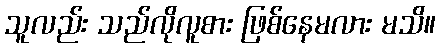
သူလည်း သည်လိုလူစား ဖြစ်နေမလား မသိ။